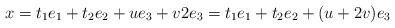
LaTeX: \begin{align*}x = t_1 e_1 + t_2 e_2 + u e_3 + v 2e_3 = t_1 e_1 + t_2 e_2 + (u + 2v) e_3\end{align*}